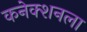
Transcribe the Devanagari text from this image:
कनेक्शनला